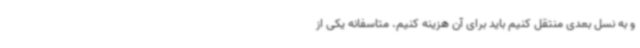
و به نسل بعدی منتقل کنیم باید برای آن هزینه کنیم. متاسفانه یکی از